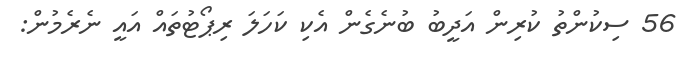
56 ސިކުންތު ކުރިން އަދީބު ބުނެގެން އެކި ކަހަލަ ރިޕޯޓުތައް އައީ ނެރެމުން: